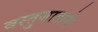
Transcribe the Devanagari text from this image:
वस्तुजाताचे